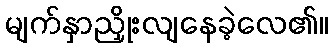
မျက်နှာညှိုးလျနေခဲ့လေ၏။